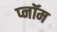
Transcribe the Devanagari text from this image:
प्नॉम